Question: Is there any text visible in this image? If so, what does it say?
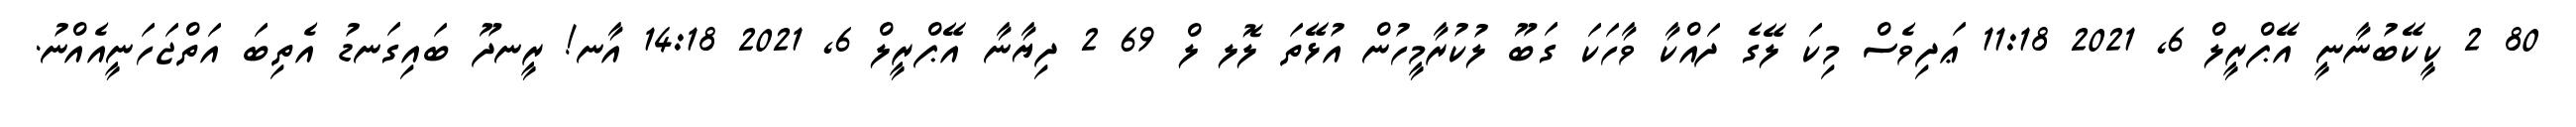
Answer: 80 2 ކީކޭބުނާނީ އޭޕްރީލް 6, 2021 11:18 ޢަދިވެސް މިކަ ލޭގެ ދައްކާ ވާހަކަ ގަބޫ ލުކުރާމީހުން އުޅޭތަ ލޮލ ލް 69 2 ދިޔާނާ އޭޕްރީލް 6, 2021 14:18 އާނ! ރީނދޫ ބައިގަނޑު އެތިބަ އަތްޖަހަނީއެއްނު.